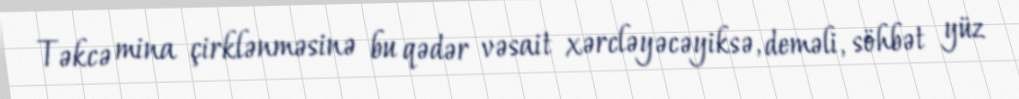
Təkcə mina çirklənməsinə bu qədər vəsait xərcləyəcəyiksə, deməli, söhbət yüz